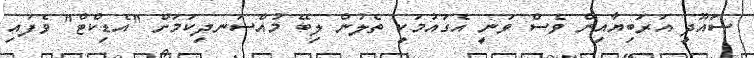
ސައޫދީ އަރަބިޔާއިން ވެސް ވަނީ އެގައުމަކީ ތެލުން ލިބޭ މުއްސަނދިކަމަށް "އެޑިކްޓް" ވެފައި